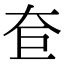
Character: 奆